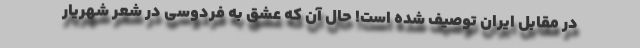
در مقابل ایران توصیف شده است! حال آن که عشق به فردوسی در شعر شهریار